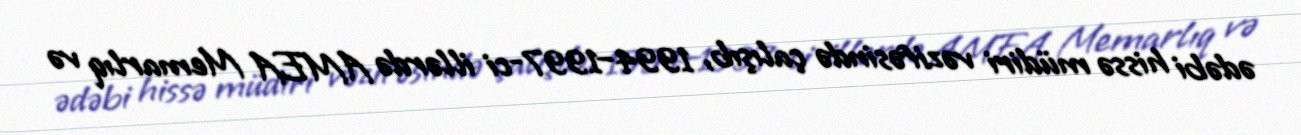
ədəbi hissə müdiri vəzifəsində çalışıb, 1994–1997-ci illərdə AMEA Memarlıq və